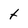
Character: t